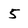
Character: 5